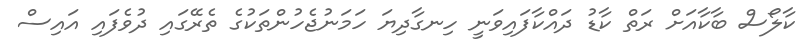
ކާލޯސް ބާކާއަށް ރަތް ކާޑު ދައްކާފައިވަނީ ހިނގާދިޔަ ހަމަނުޖެހުންތަކުގެ ތެރޭގައި ދުވެފައި އައިސް